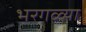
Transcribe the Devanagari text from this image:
भरगळ्या